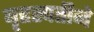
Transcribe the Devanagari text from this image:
बृहस्पतीने